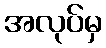
အလုပ်မှ